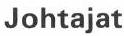
Johtajat